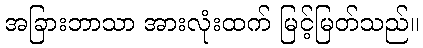
အခြားဘာသာ အားလုံးထက် မြင့်မြတ်သည်။